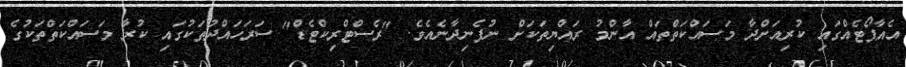
އެއާޕޯޓެއްގައި ކުރިއަށްދާ މަސައްކަތްތައް އާންމު ރައްޔިތަކަށް ނުފެނިދާނެއެވެ. "ރެސްޓްރިކްޓެޑް" ސަރަހައްދުތަކުގައި ކުރާ މަސައްކަތްތަކުގެ